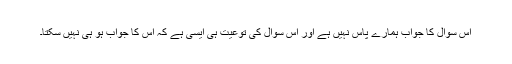
اس سوال کا جواب ہمارے پاس نہیں ہے اور اس سوال کی توعیت ہی ایسی ہے کہ اس کا جواب ہو ہی نہیں سکتا۔